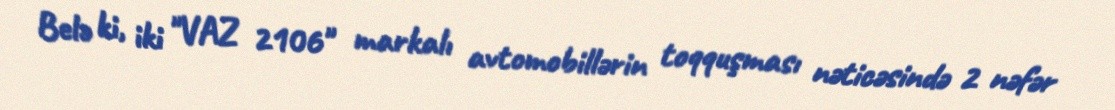
Belə ki, iki "VAZ 2106" markalı avtomobillərin toqquşması nəticəsində 2 nəfər